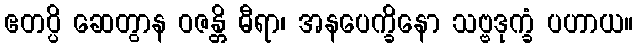
ဧတပ္ပိ ဆေတွာန ဝဇန္တိ ဓီရာ၊ အနပေက္ခိနော သဗ္ဗဒုက္ခံ ပဟာယ။